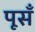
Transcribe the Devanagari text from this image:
पूसँ